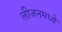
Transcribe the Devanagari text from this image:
लीजनमध्ये